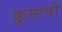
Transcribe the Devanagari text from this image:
क्रुसाची